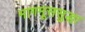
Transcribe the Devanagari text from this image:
मागमूससुद्धा